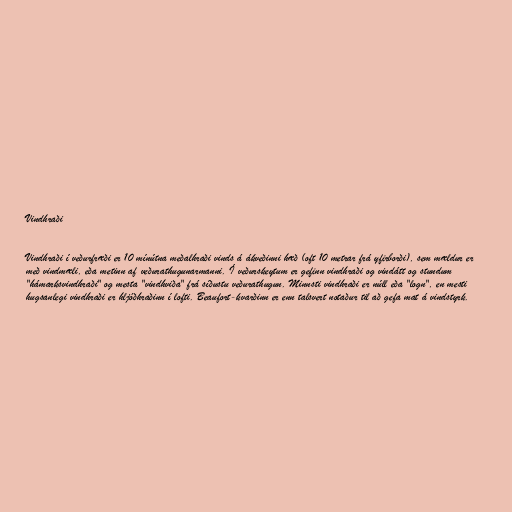
Vindhraði

Vindhraði í veðurfræði er 10 mínútna meðalhraði vinds á ákveðinni hæð (oft 10 metrar frá yfirborði), sem mældur er
með vindmæli, eða metinn af veðurathugunarmanni. Í veðurskeytum er gefinn vindhraði og vindátt og stundum
"hámarksvindhraði" og mesta "vindhviða" frá síðustu veðurathugun. Minnsti vindhraði er núll eða "logn", en mesti
hugsanlegi vindhraði er hljóðhraðinn í lofti. Beaufort-kvarðinn er enn talsvert notaður til að gefa mat á vindstyrk.